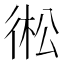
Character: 𢔋